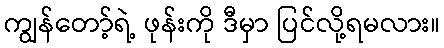
ကျွန်တော့်ရဲ့ ဖုန်းကို ဒီမှာ ပြင်လို့ရမလား။